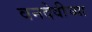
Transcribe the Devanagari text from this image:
वनदेवीच्या